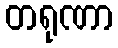
တရုဏာ